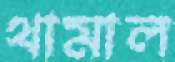
থামাল